Paatsalu_vallavalitsus, lk 11
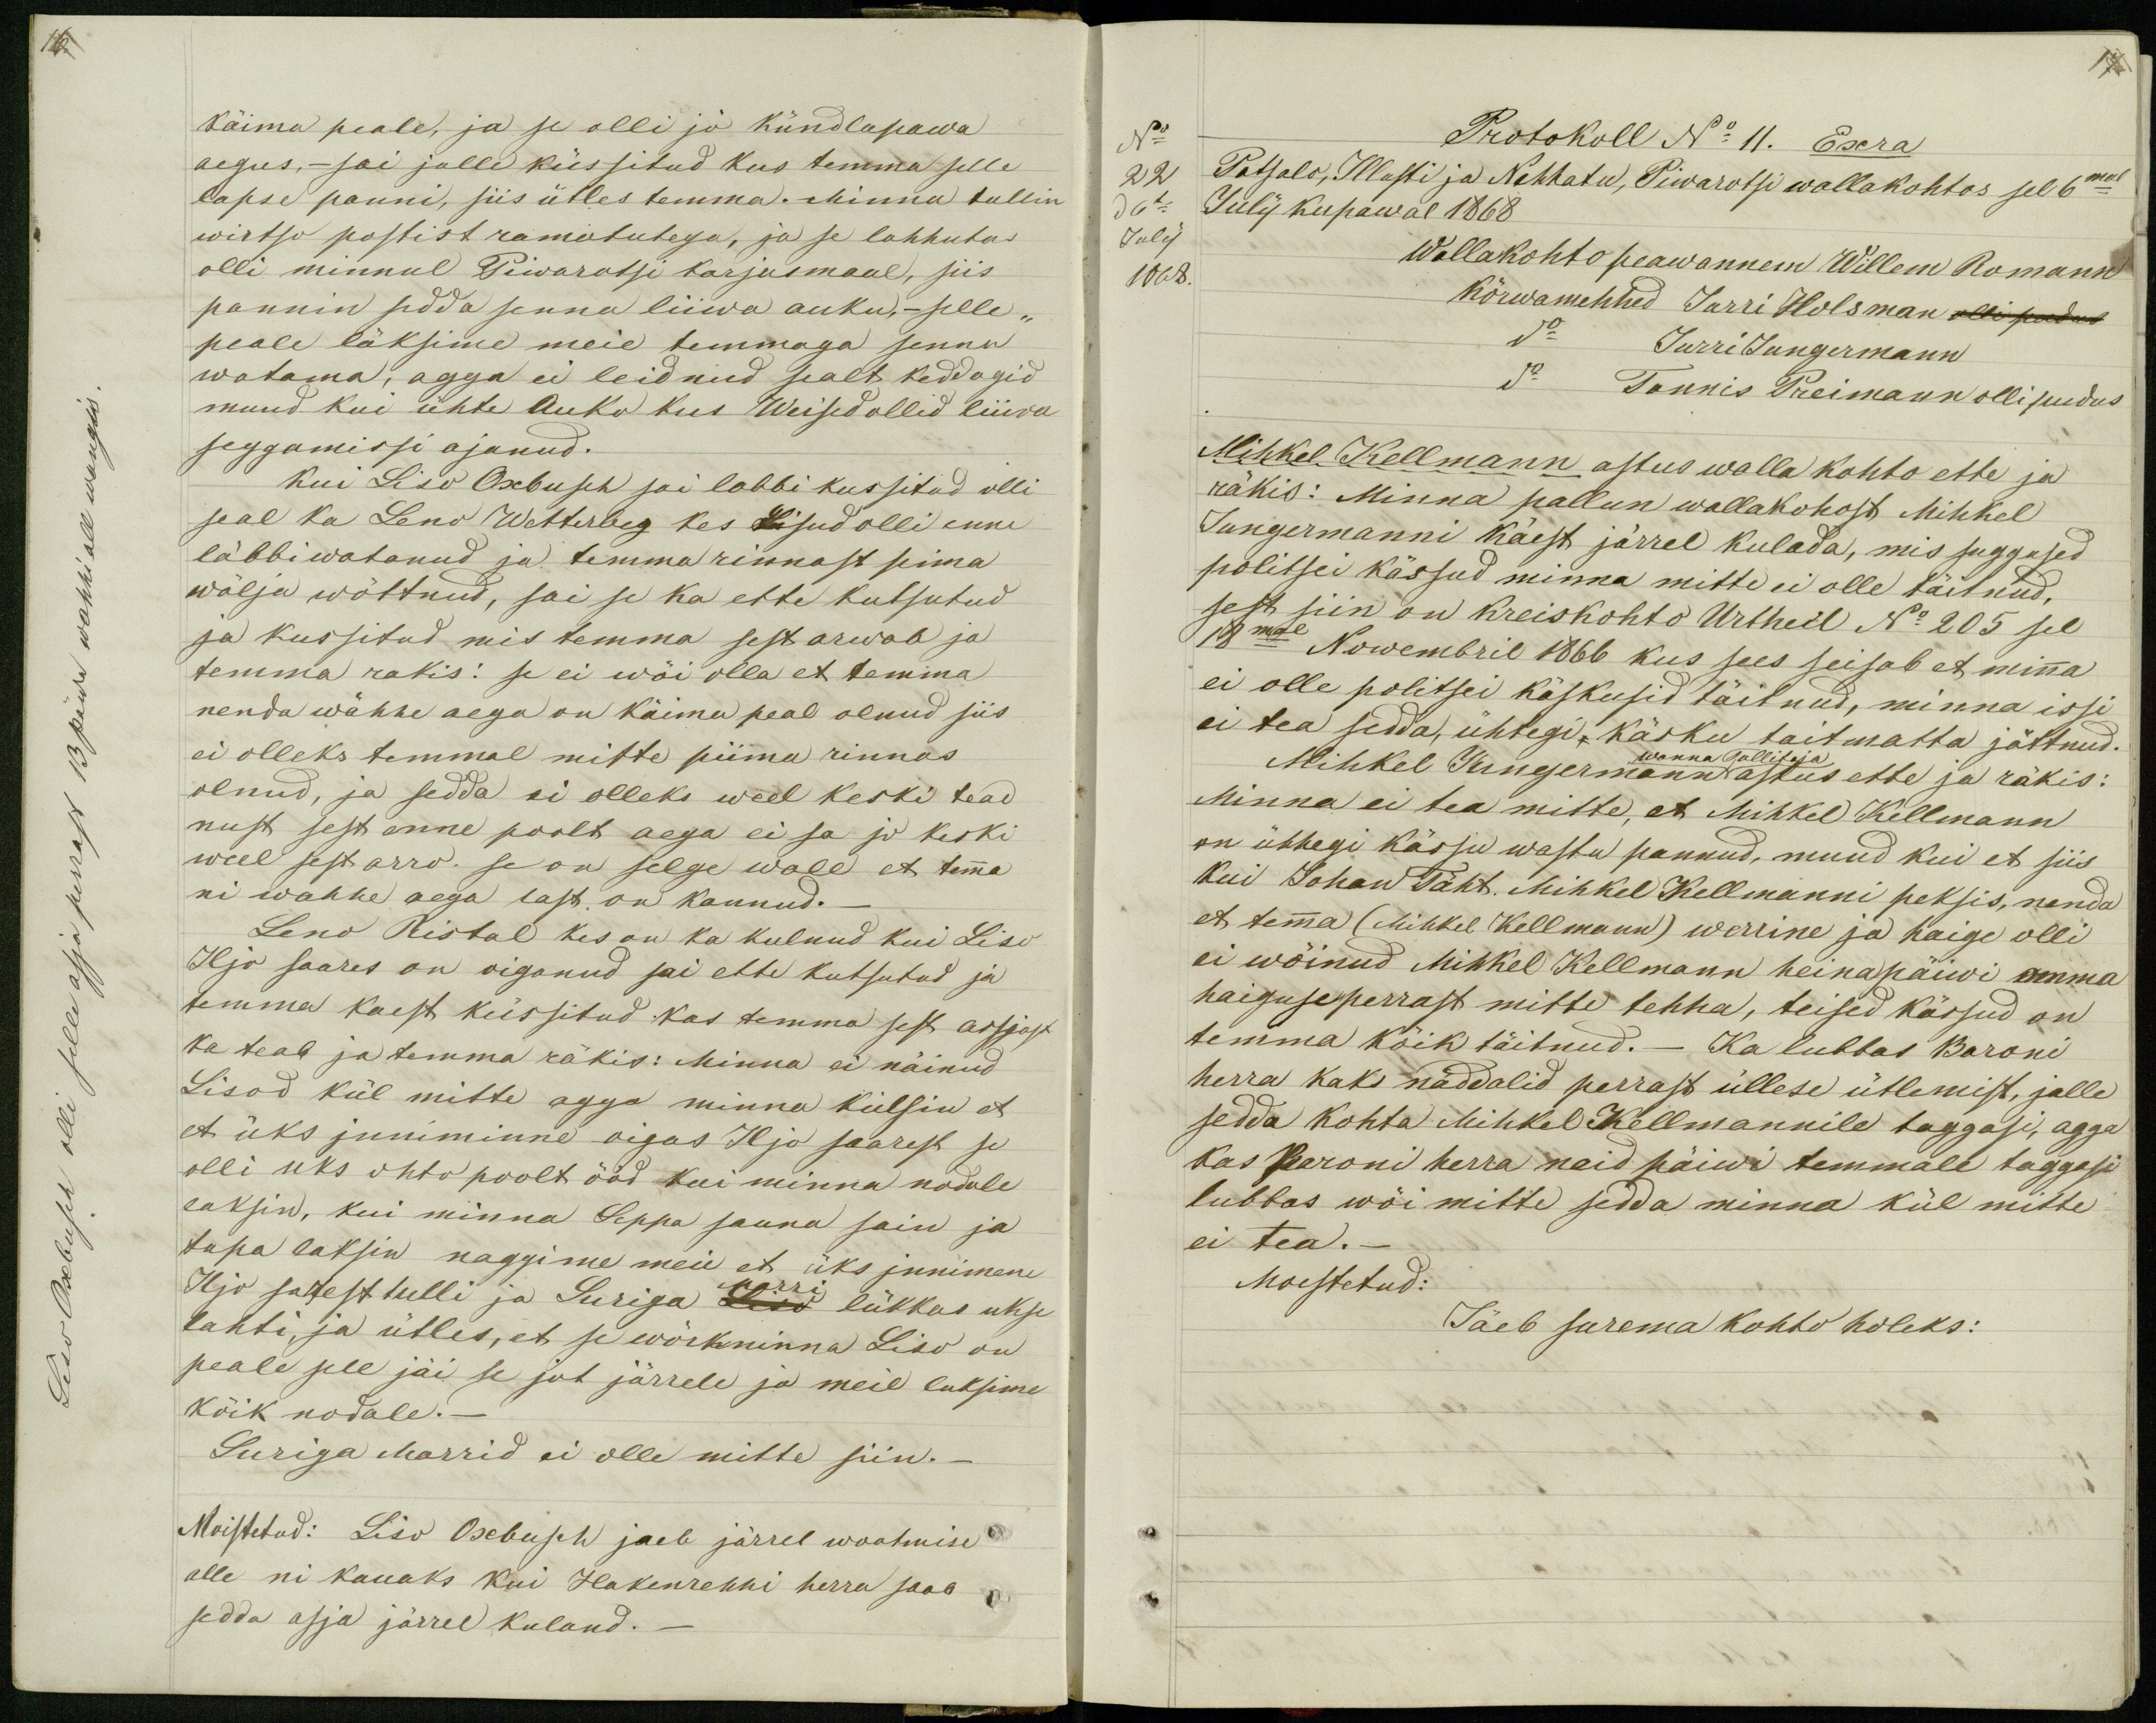
17

Liso Oxbusch olli selle asja perrast 13 päwa wahhi all wangis.

käima peale, ja se olli jo kündlapawa
aegus._ sai jalle küssitud kus temma selle
lapse panni, siis ütles temma. Minna tullin
wirtso postist ramatutega, ja se lahhuta
olli minnul Piwarotsi karjusmaal, siis
pannin sedda senna liiwa auku,_ selle-
peale läksime meie temmaga senna
watama, agga ei leidnud sealt keddagid
muud kui ühte Auko kus Weised ollid liiwa
seggamissi ajanud.
Kui Liso Oxbusch sai labbi kussitud olli
seal ka Leno Wetterbeg kes Lisud olli enne
läbbiwatanud ja temma rinnast pima
wälja wõttnud, sai se ka ette kutsutud
ja kussitud mis temma sest arwab ja
temma rakis: se ei wõi olla et temma
nenda wähhe aega on käima peal olnud siis
ei olleks temmal mitte piima rinnas
olnud, ja sedda ei olleks weel keski tead
nust sest enne poolt aega ei sa ja keski
weel sest arro. se on selge wale et temma
ni wahhe aega last on kannud._
Leno Ristal kes on ka kulnud kui Liso
Iljo saares on oiganud sai ette kutsutud ja
temma kaest küssitud kas temma sest assjast
ka teab ja temma räkis: Minna ei näinud
Lisod kül mitte agga minna kulsin et
et üks inniminne oigas Iljo saarest se
olli uks ohto poolt ööd kui minna nodale
laksin, kui minna Seppa sauna sain ja
tupa laksin naggime meie et üks innimene
Marri
Iljo sarest tulli ja Suriga Liso lükkas ukse
lahti ja ütles, et se wõrkninna Liso on
peale sele jäi se jut järrele ja meil laksime
kõik nodale._
Suriga Marrid ei olle mitte siin._
Moistetud: Liso Oxbusch jaeb järrel waatmise
alle ni kauaks kui Hakenrehhi herra saab
sedda asja järrel kuland._

No
Protokoll No 11. Exra
22
Patsalo, Illusti ja Nehhatu, Piwarotsi wallakohtos sel 6mal
d 6l
July kupawal 1868
July
1868
Wallakohto peawannem Willem Romann
kõrwamehhed Jurri Holsman olli pudus
do Jurri Jungermann
do Tonnis Preimann olli pudus
Mihkel Kellmann astus walla kohto ette ja
räkis: Minna pallun wallakohost Mihkel
Jungermanni käest järrel kulada, mis suggused
politsei kässud minna mitte ei olle täitnud.
sest siin on Kreiskohto Urtheil No 205 sel
18mal Nowembril 1866 kus sees seisab et minna
ei olle politsei käskusid täitnud, minna issi
ei tea sedda, ühtegi, käsku taitmatta jättnud.
wanna Tallitaja
Mihkel Jungermann astus ette ja räkis:
Minna ei tea mitte, et Mihkel Kellmann
on ühhegi kässu wastu pannud, muud kui et siis
kui Johan Täht. Mihkel Kellmanni peksis, nenda
et temma (Mihkel Kellmann) werrine ja haige olli
ei wõinud Mihkel Kellmann heinapäiwi omma
haiguse perrast mitte tehha, teised kässud on
temma kõik täitnud._ Ka lubbas Baroni
herra kaks näddalid perrast üllese ütlemist, jalle
sedda kohta Mihkel Kellmannile taggasi, agga
kas baroni herra neid päiwi temmale taggasi
lubbas wõi mitte sedda minna kül mitte
ei tea._
Moestetud:
Jäeb surema kohto holeks: